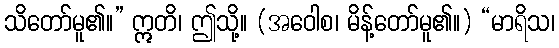
သိတော်မူ၏။” ဣတိ၊ ဤသို့။ (အဝေါစ၊ မိန့်တော်မူ၏။) “မာရိသ၊